Trukikaitis_Postimees, lk 245
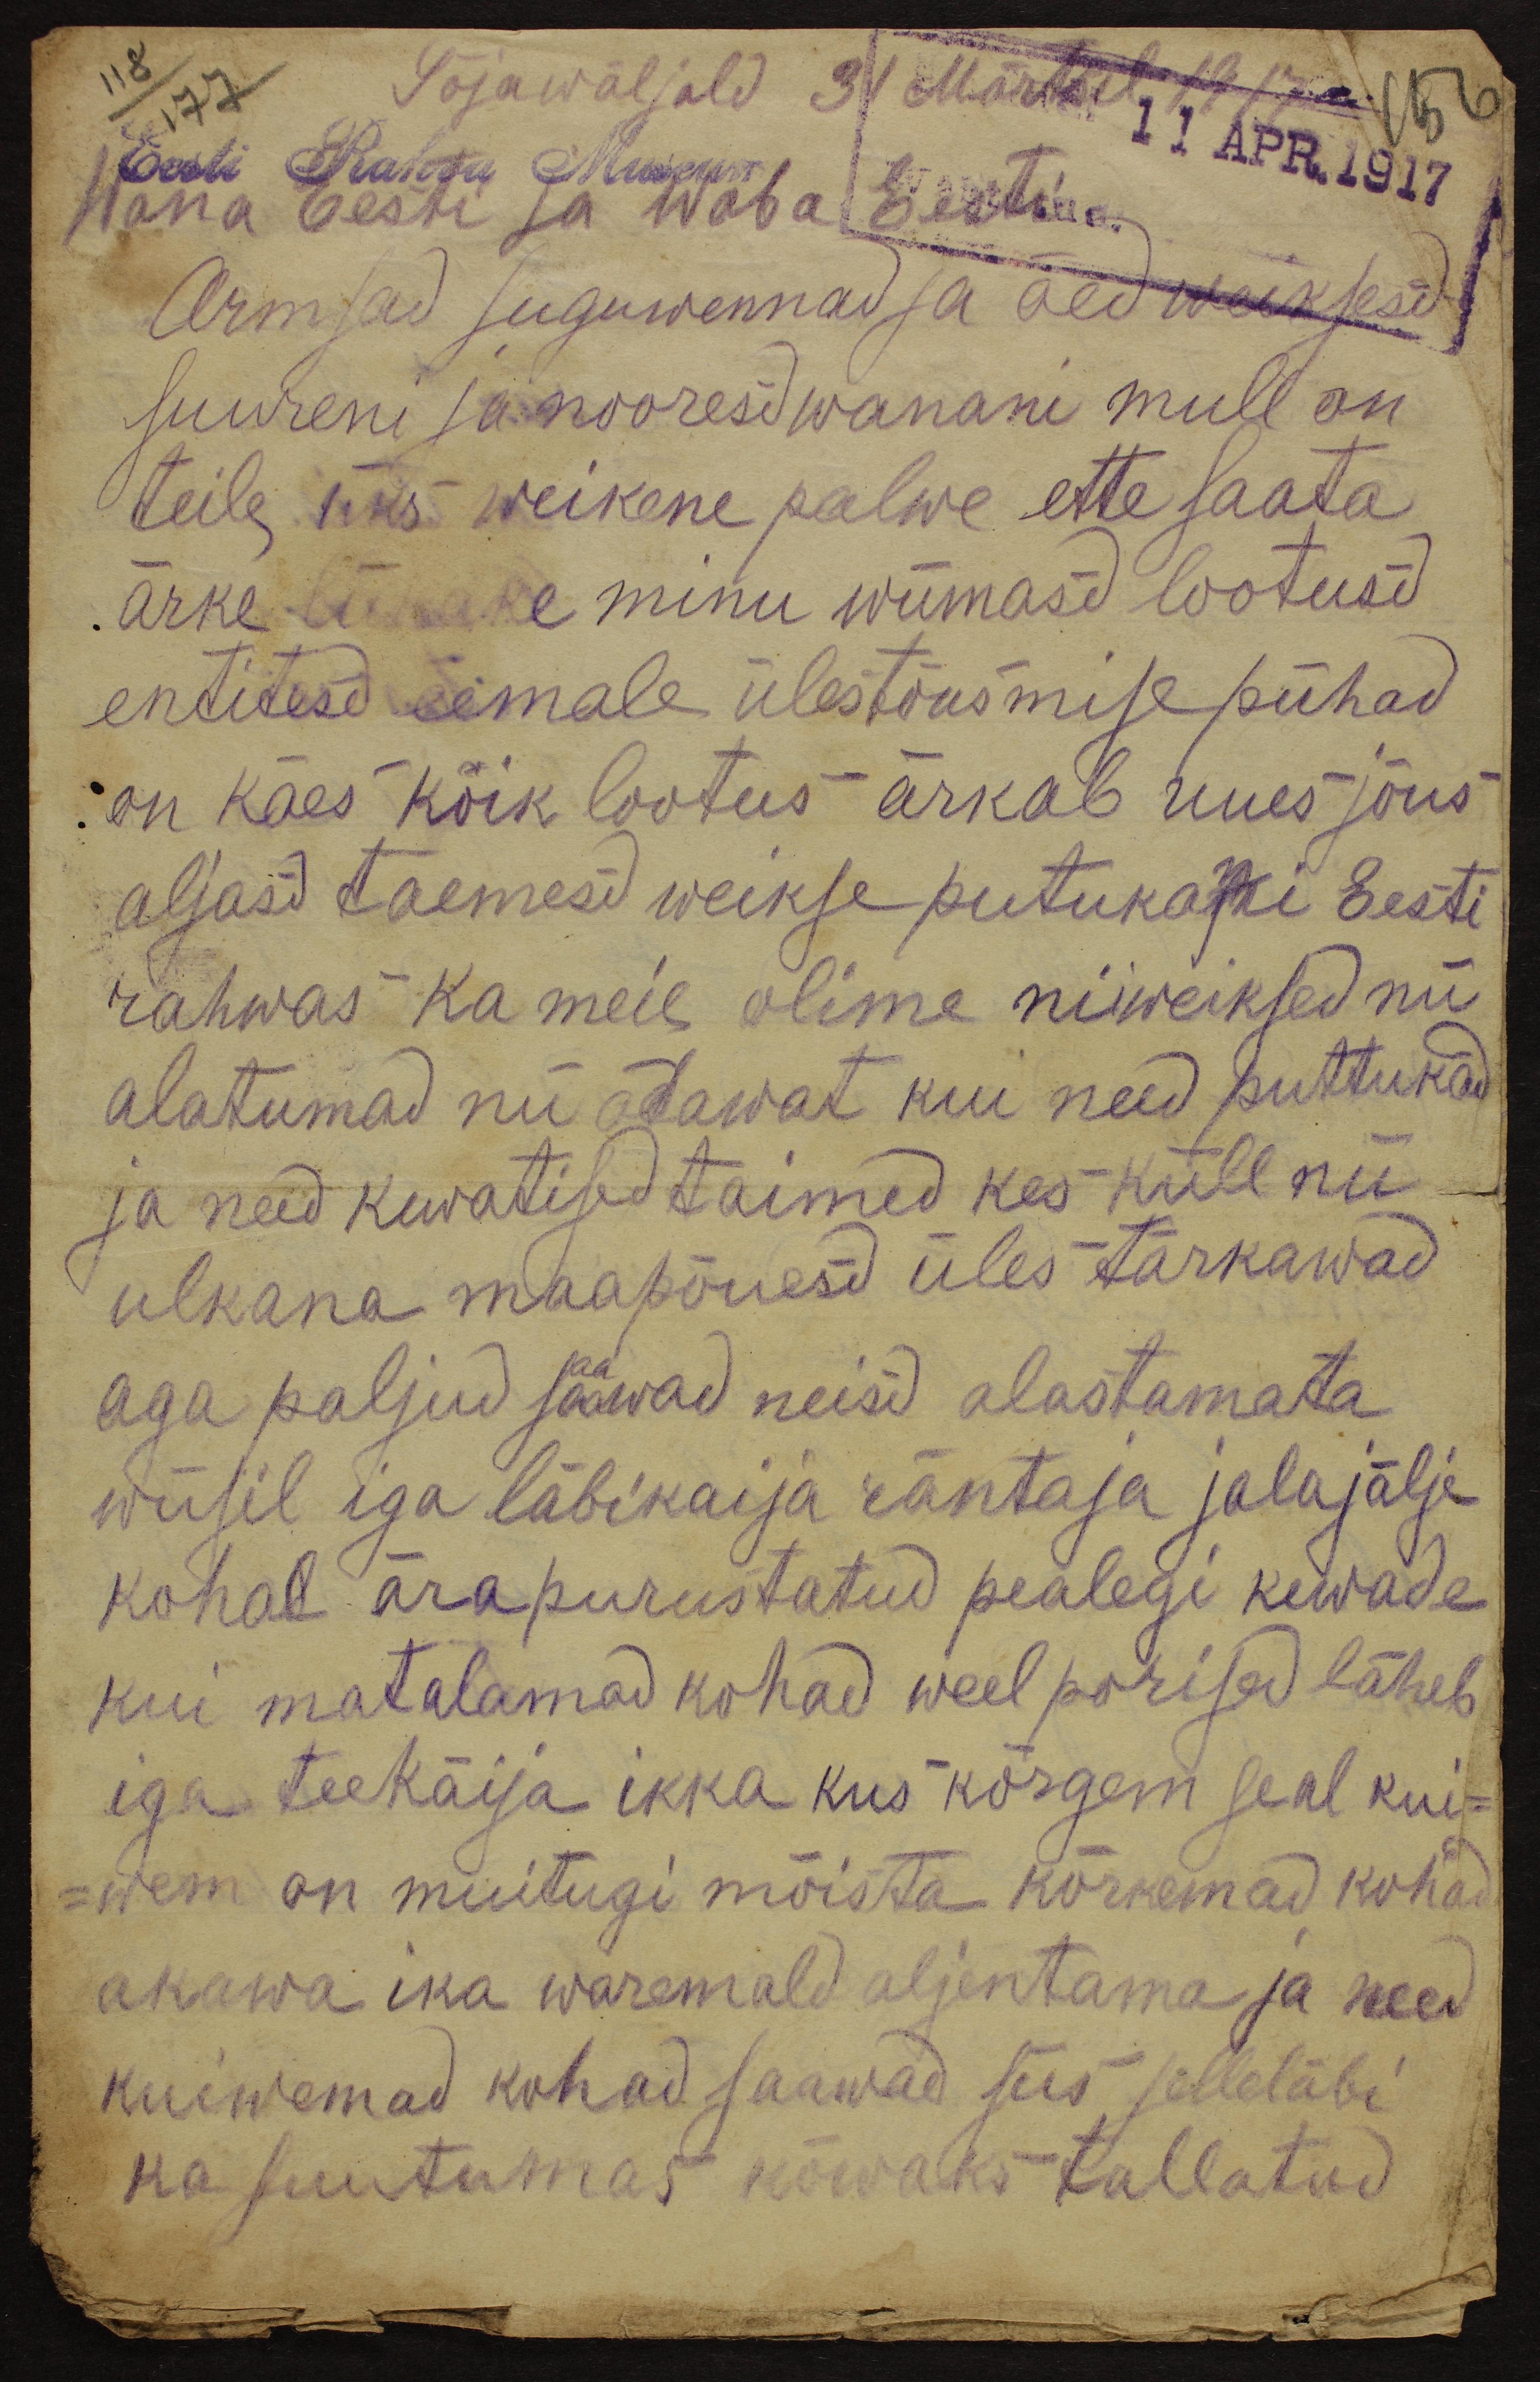
Sõjawäljald 31. Märtsil 1917.a.
Eesti Rahva Museum
Wana Eesti ja Waba Eesti.
Armsad suguwennad ja õed weikseid
suureni ja nooresid wanani mull on
teile üks weikene palwe ette saata
ärke lükake minu wiimasd lootusd
entitesd eemale ülestõusmise pühad
on käes kõik lootus ärkab uues jõus
aljasd taemesd weikse putukatki Eesti
rahwas ka meie olime niiweiksed nii
alatumad nii odawat kui need puttukad
ja need kuwatised taimed kes küll nii
ulkana maapõuesd üles tärkawad
aga paljud saawad neisd alastamata
wiisil iga läbikaija räntaja jalajälje
kohal ärapurustatud pealegi kewade
kui matalamad kohad weel porised läheb
iga teekäija ikka kus kõrgem seal kui-
wem on muitugi mõista kõrkemad kohad
akawa ika waremald aljentama ja need
kuiwemad kohad saawad siis selleläbi
ka suutumas kõwaks tallatud